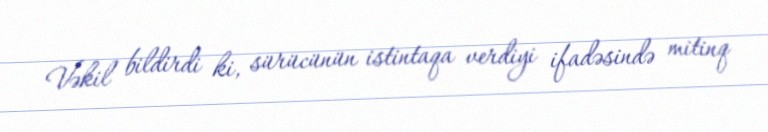
Vəkil bildirdi ki, sürücünün istintaqa verdiyi ifadəsində mitinq